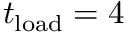
\ensuremath { t _ { \mathrm { l o a d } } } = 4